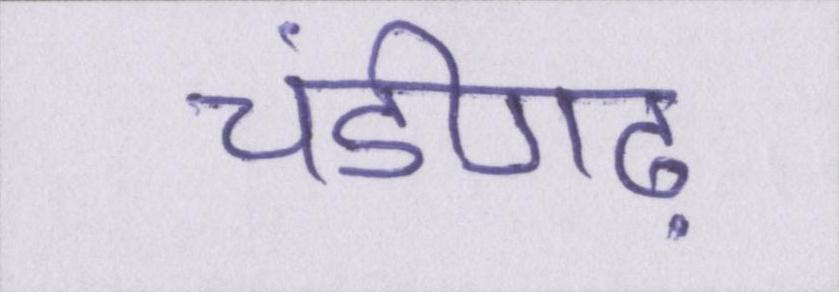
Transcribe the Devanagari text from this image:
चंडीगढ़